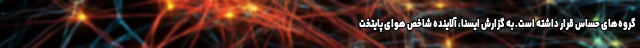
گروه‌های حساس قرار داشته است. به گزارش ایسنا، آلاینده شاخص هوای پایتخت